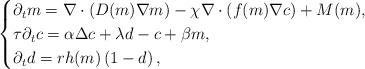
LaTeX: \begin{align*} \begin{cases} \partial_t m = \nabla \cdot \left(D(m) \nabla m\right) - \chi \nabla \cdot \left(f(m) \nabla c\right) + M(m), \\ \tau \partial_t c = \alpha \Delta c + \lambda d - c + \beta m, \\ \partial_t d = r h(m) \left(1-d\right), \end{cases}\end{align*}